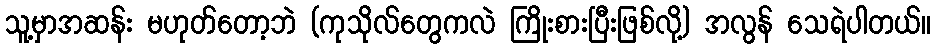
သူ့မှာအဆန်း မဟုတ်တော့ဘဲ (ကုသိုလ်တွေကလဲ ကြိုးစားပြီးဖြစ်လို့) အလွန် သေရဲပါတယ်။